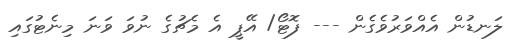
ލަނޑުން އެއްވަރުވެގެން --- ފޮޓޯ/ އޭޕީ އެ މެޗުގެ ނުވަ ވަނަ މިނެޓުގައި